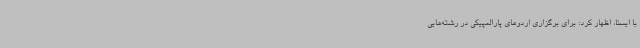
با ایسنا، اظهار کرد: برای برگزاری اردوهای پارالمپیکی در رشته‌هایی